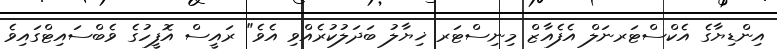
އިންޑިޔާގެ އެކްސްޓަރނަލް އެފެއާޒް މިނިސްޓަރ ޚިޔާލު ބަދަލުކުރެއްވި އެވެ" ރައީސް އޮފީހުގެ ވެބްސައިޓްގައިވެ